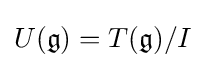
U({\mathfrak {g}})=T({\mathfrak {g}})/I